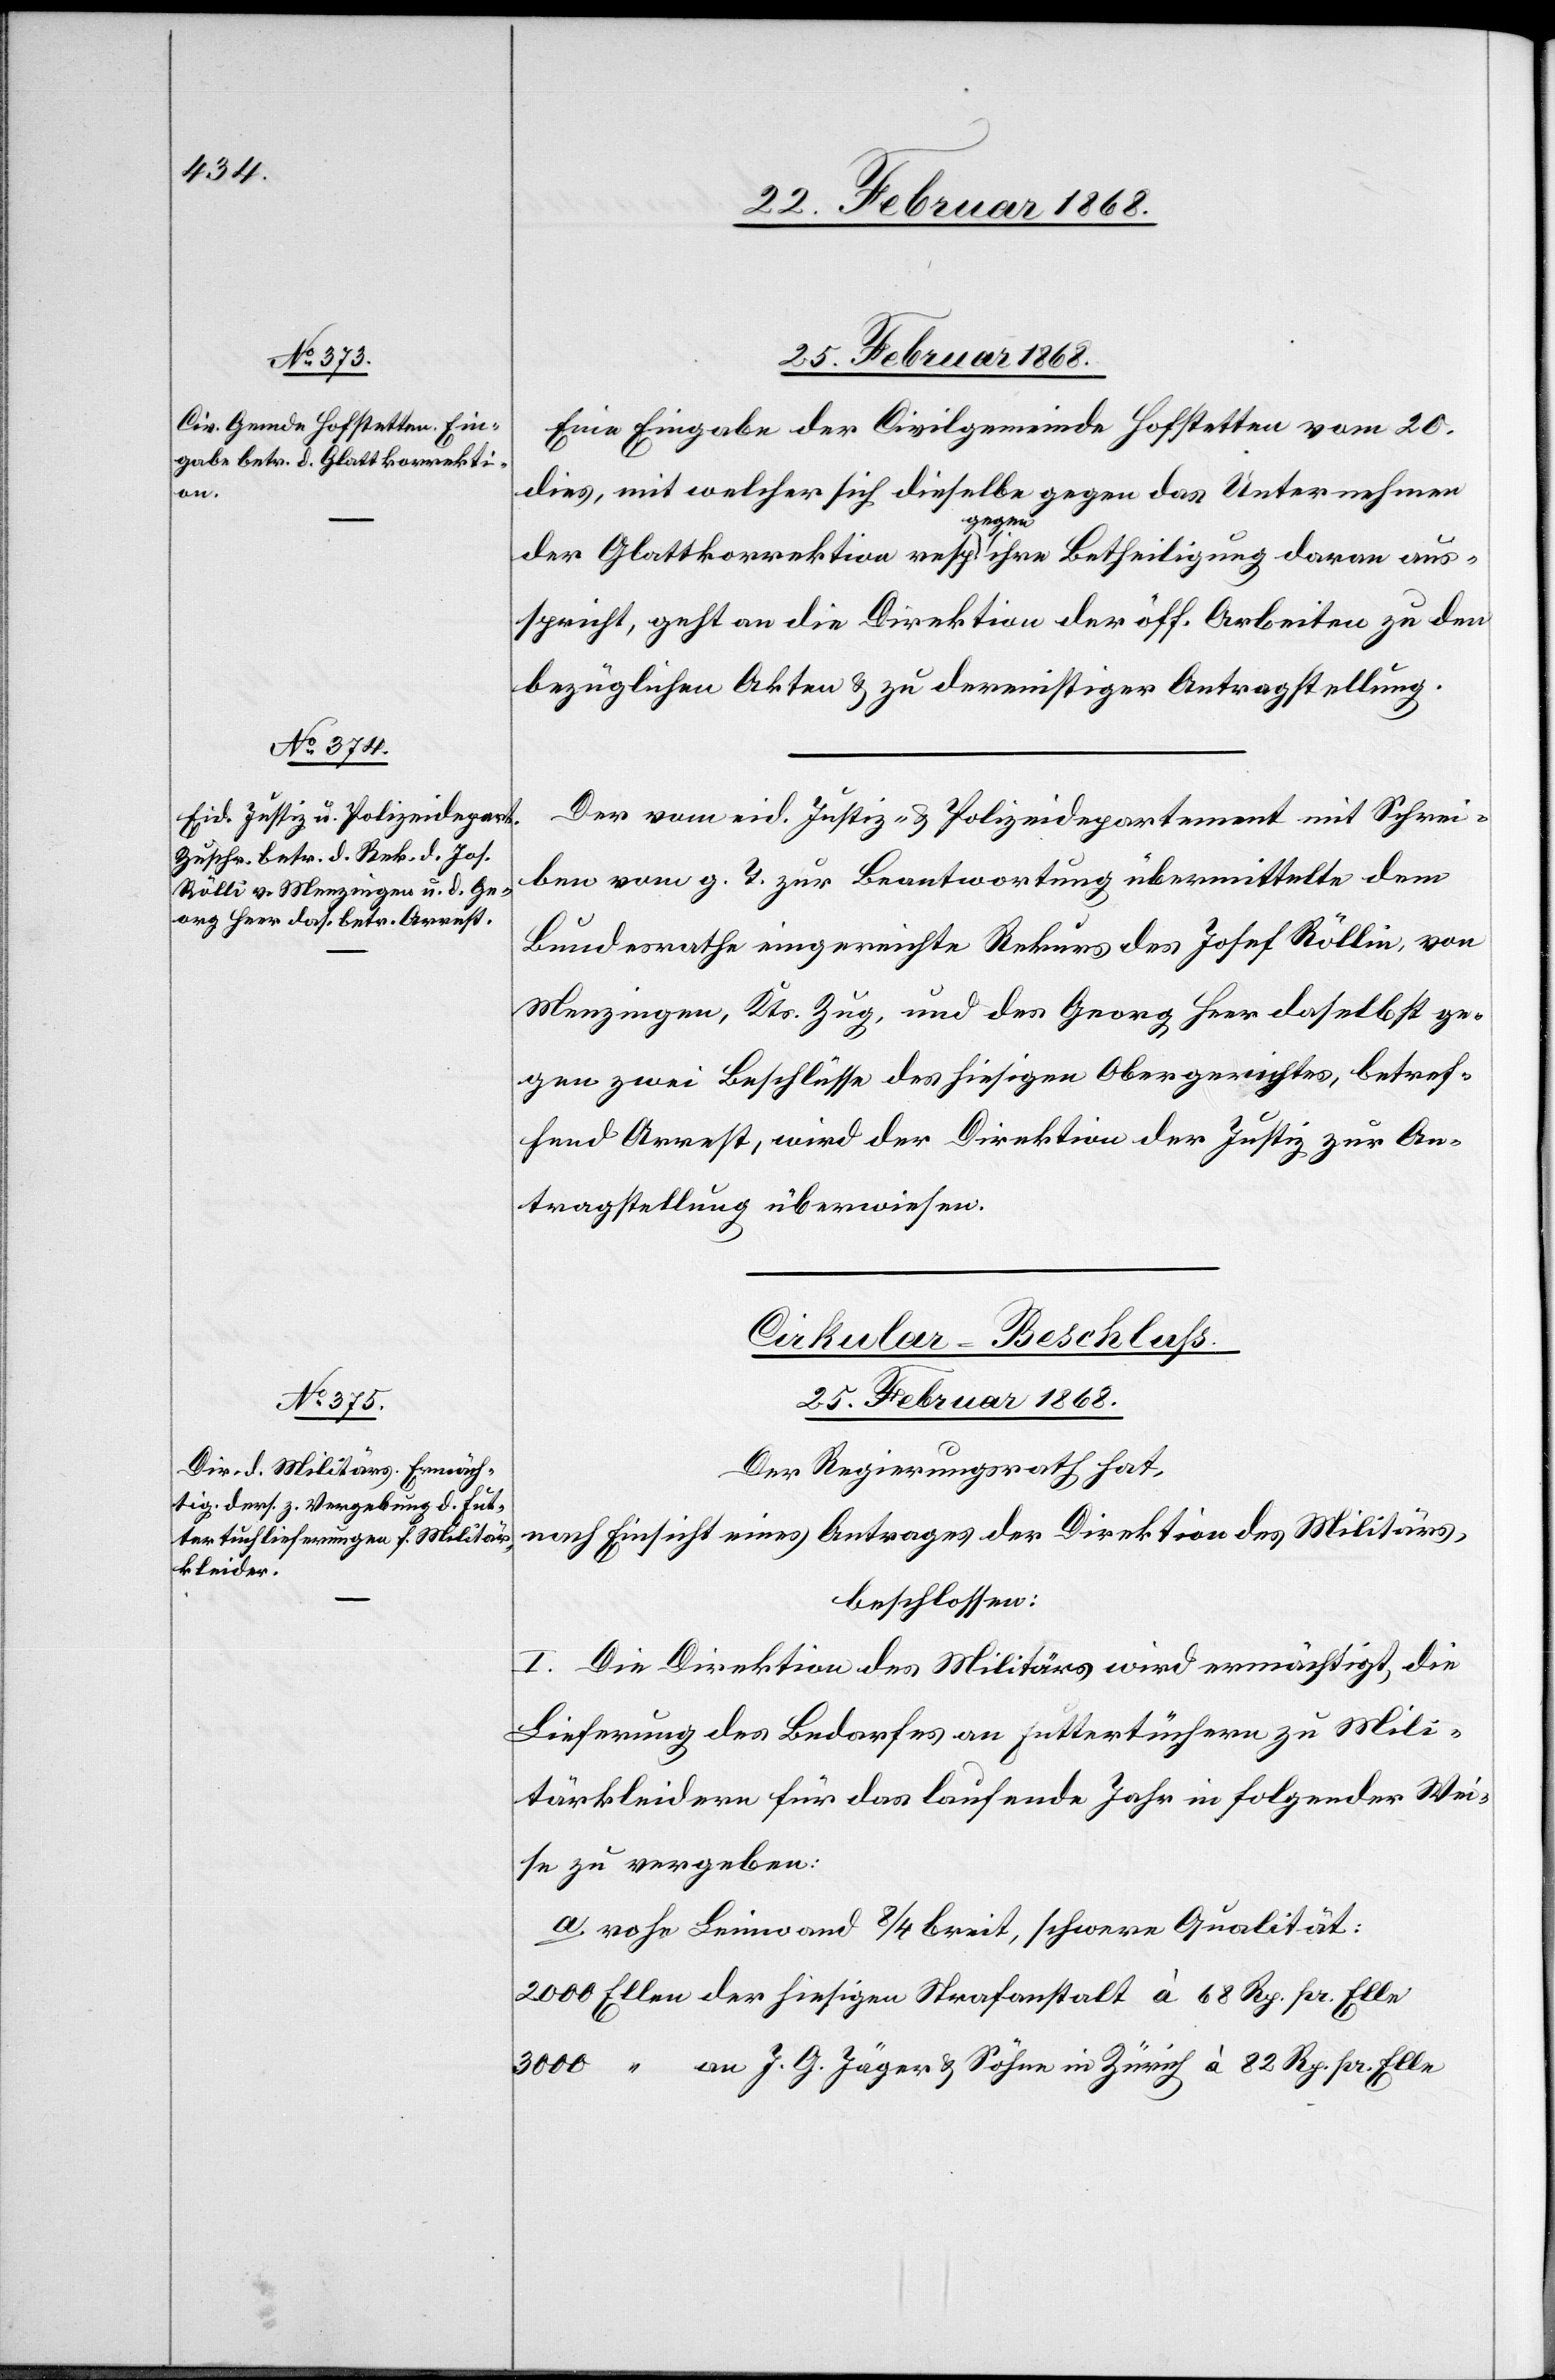
25. Februar 1868.
Eine Eingabe der Civilgemeinde Hofstetten vom 20.
dies, mit welcher sich dieselbe gegen das Unternehmen
der Glattkorrektion resp. gegen ihre Betheiligung daran aus¬
spricht, geht an die Direktion der öff. Arbeiten zu den
bezüglichen Akten & zu dereinstiger Antragstellung.
Der vom eid. Justiz- & Polizeidepartement mit Schrei¬
ben vom g. T. zur Beantwortung übermittelte dem
Bundesrathe eingereichte Rekurs des Josef Röllin
Menzingen, Kts. Zug, und des Georg Heer daselbst ge¬
gen zwei Beschlüsse des hiesigen Obergerichtes, betref¬
fend Arrest, wird der Direktion der Justiz zur An¬
tragstellung überwiesen.
Cirkular-Beschluss.
25. Februar 1868.
Der Regierungsrath hat,
nach Einsicht eines Antrages der Direktion des Militärs,
beschlossen:
I. Die Direktion des Militärs wird ermächtigt, die
Lieferung des Bedarfes an Futtertüchern zu Mili¬
tärkleidern für das laufende Jahr in folgender Wei¬
se zu vergeben:
a. rohe Leinwand 8/4 breit, schwere Qualität:
2000 Ellen der hiesigen Strafanstalt à 68 Rp. pr. Elle
3000 “ an J. G. Jäger & Söhne in Zürich à 82 Rp. pr. Elle